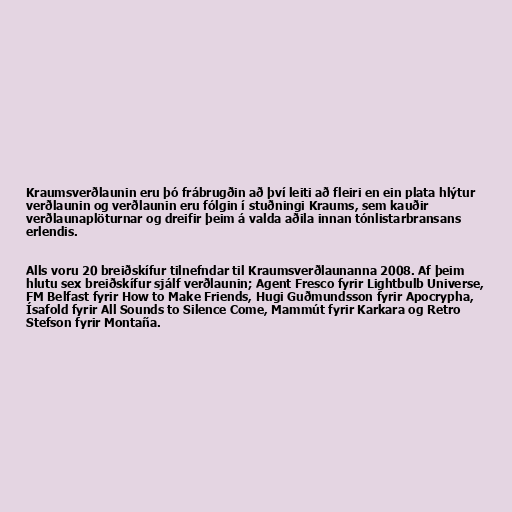
Kraumsverðlaunin eru þó frábrugðin að því leiti að fleiri en ein plata hlýtur
verðlaunin og verðlaunin eru fólgin í stuðningi Kraums, sem kauðir
verðlaunaplöturnar og dreifir þeim á valda aðila innan tónlistarbransans
erlendis.

Alls voru 20 breiðskífur tilnefndar til Kraumsverðlaunanna 2008. Af þeim
hlutu sex breiðskífur sjálf verðlaunin; Agent Fresco fyrir Lightbulb Universe,
FM Belfast fyrir How to Make Friends, Hugi Guðmundsson fyrir Apocrypha,
Ísafold fyrir All Sounds to Silence Come, Mammút fyrir Karkara og Retro
Stefson fyrir Montaña.